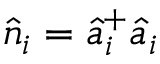
\hat { n } _ { i } = \hat { a } _ { i } ^ { + } \hat { a } _ { i }